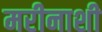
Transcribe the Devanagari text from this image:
मरीनाशी